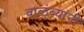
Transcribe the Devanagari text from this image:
वाळंब्यांनी